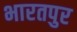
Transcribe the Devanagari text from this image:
भारतपुर